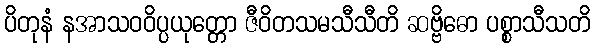
ပိတုနံ နအာသဝဝိပ္ပယုတ္တော ဇီဝိတသမသီသီတိ ဆဗ္ဗိဓော ပစ္စာသီသတိ